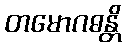
တမောဂဓန္တိ